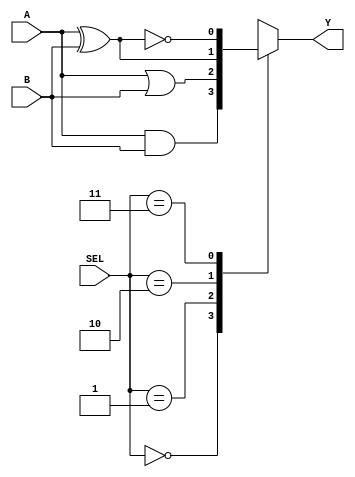
// function_multiplexer_4_to_1
`timescale 1ns/10ps

module fn_mux_4(A, B, SEL, Y);
	input A, B;
	input[1:0] SEL;
	output Y;

	reg Y; // Y should be used as reg when appeared in always
	always @(A or B or SEL) begin
		case(SEL)
		2'b00: Y<=A&B;
		2'b01: Y<=A|B;
		2'b10: Y<=A^B;
		2'b11: Y<=~(A^B);
		endcase
	end
endmodule

// -----------testbench-------

module fn_mux_4_tb;
	reg[3:0] absel;
	wire yy;
	fn_mux_4 fn_mux_4(.A(absel[0]), .B(absel[1]), .SEL(absel[3:2]), .Y(yy));

	initial begin
		absel<=0;
		#200 $stop;
	end

	always #10 absel<=absel+1;

	initial begin
		$dumpfile("wave.vcd"); // dumpfile
		$dumpvars; // dump all vars
	end
endmodule